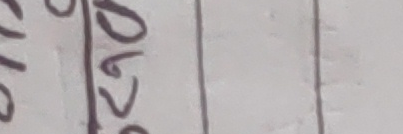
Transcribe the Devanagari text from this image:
२०७०